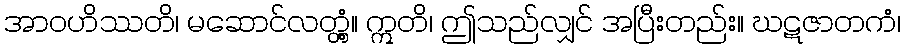
အာဝဟိဿတိ၊ မဆောင်လတ္တံ့။ ဣတိ၊ ဤသည်လျှင် အပြီးတည်း။ ဃဋဇာတကံ၊